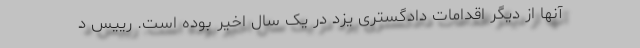
آنها از دیگر اقدامات دادگستری یزد در یک سال اخیر بوده است. رییس د